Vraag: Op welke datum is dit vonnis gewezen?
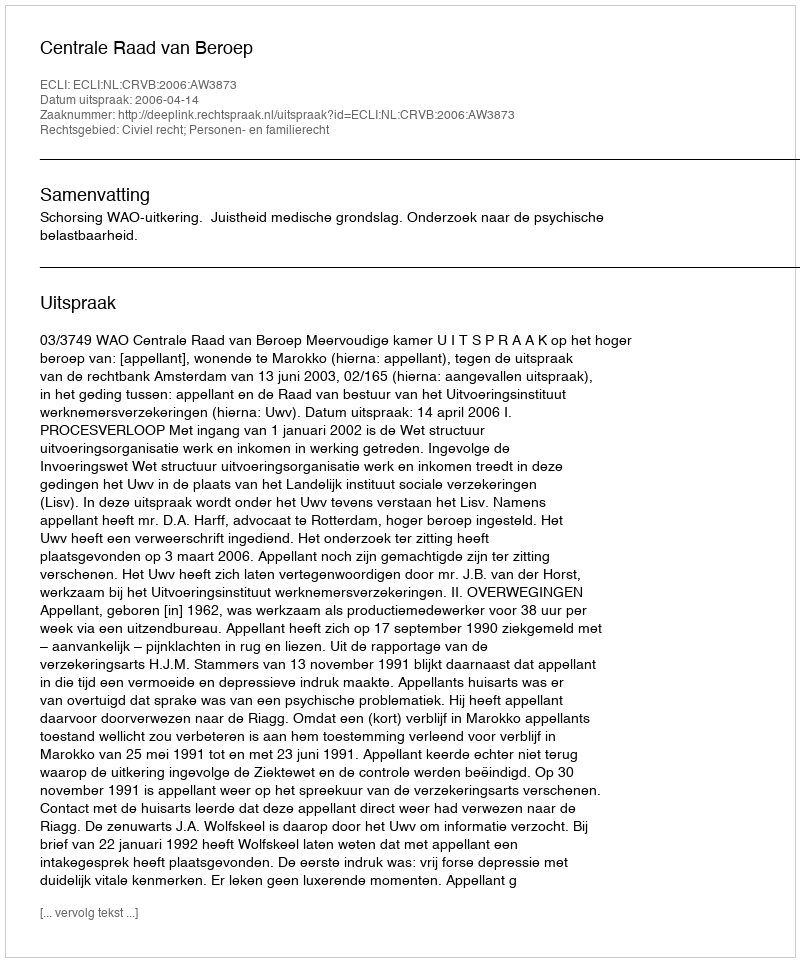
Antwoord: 2006-04-14